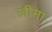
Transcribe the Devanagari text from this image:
ज़ीमा